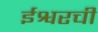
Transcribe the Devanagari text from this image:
ईश्वरची